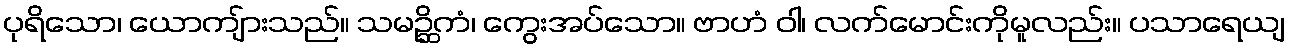
ပုရိသော၊ ယောကျ်ားသည်။ သမဉ္ဆိကံ၊ ကွေးအပ်သော။ ဗာဟံ ဝါ၊ လက်မောင်းကိုမူလည်း။ ပသာရေယျ